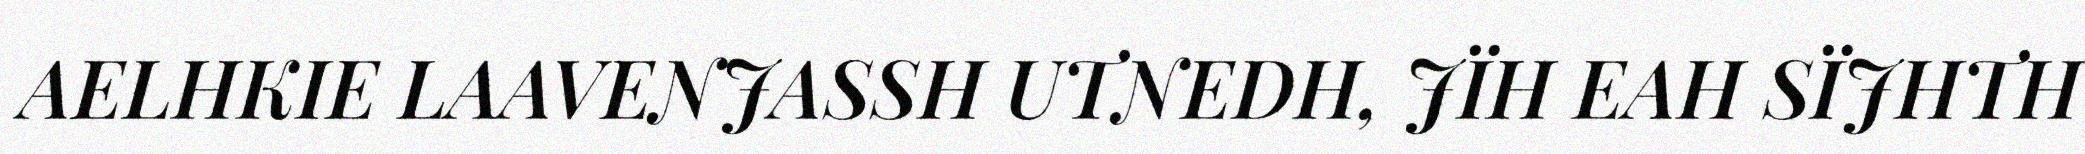
AELHKIE LAAVENJASSH UTNEDH, JÏH EAH SÏJHTH